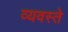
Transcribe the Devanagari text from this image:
व्यवस्ते